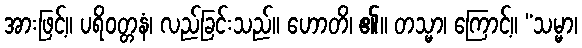
အားဖြင့်။ ပရိဝတ္တနံ၊ လည်ခြင်းသည်။ ဟောတိ၊ ၏။ တသ္မာ၊ ကြောင့်။ “သမ္မာ၊